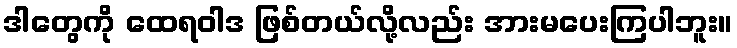
ဒါတွေကို ထေရဝါဒ ဖြစ်တယ်လို့လည်း အားမပေးကြပါဘူး။